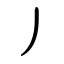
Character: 丿